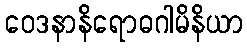
ဝေဒနာနိရောဓဂါမိနိယာ